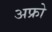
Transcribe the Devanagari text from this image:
अफ्रो